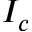
I _ { c }